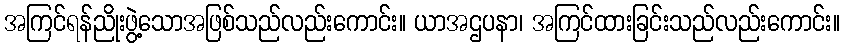
အကြင်ရန်ညိုးဖွဲ့သောအဖြစ်သည်လည်းကောင်း။ ယာအဌပနာ၊ အကြင်ထားခြင်းသည်လည်းကောင်း။